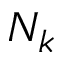
N _ { k }